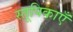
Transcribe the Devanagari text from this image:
स्तूपिकाएँ